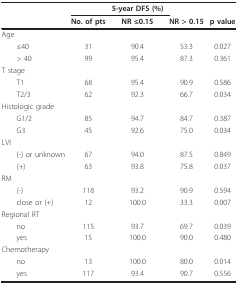
<table><thead><tr><td></td><td></td><td><b>5-year DFS (%)</b></td><td></td><td></td></tr><tr><td></td><td><b>No. of pts</b></td><td><b>NR ≤0.15</b></td><td><b>NR &gt; 0.15</b></td><td><b>p value</b></td></tr></thead><tbody><tr><td>Age</td><td></td><td></td><td></td><td></td></tr><tr><td> ≤40</td><td>31</td><td>90.4</td><td>53.3</td><td>0.027</td></tr><tr><td> &gt; 40</td><td>99</td><td>95.4</td><td>87.3</td><td>0.361</td></tr><tr><td>T stage</td><td></td><td></td><td></td><td></td></tr><tr><td> T1</td><td>68</td><td>95.4</td><td>90.9</td><td>0.586</td></tr><tr><td> T2/3</td><td>62</td><td>92.3</td><td>66.7</td><td>0.034</td></tr><tr><td>Histologic grade</td><td></td><td></td><td></td><td></td></tr><tr><td> G1/2</td><td>85</td><td>94.7</td><td>84.7</td><td>0.387</td></tr><tr><td> G3</td><td>45</td><td>92.6</td><td>75.0</td><td>0.034</td></tr><tr><td>LVI</td><td></td><td></td><td></td><td></td></tr><tr><td> (-) or unknown</td><td>67</td><td>94.0</td><td>87.5</td><td>0.849</td></tr><tr><td> (+)</td><td>63</td><td>93.8</td><td>75.8</td><td>0.037</td></tr><tr><td>RM</td><td></td><td></td><td></td><td></td></tr><tr><td> (-)</td><td>118</td><td>93.2</td><td>90.9</td><td>0.594</td></tr><tr><td> close or (+)</td><td>12</td><td>100.0</td><td>33.3</td><td>0.007</td></tr><tr><td>Regional RT</td><td></td><td></td><td></td><td></td></tr><tr><td> no</td><td>115</td><td>93.7</td><td>69.7</td><td>0.039</td></tr><tr><td> yes</td><td>15</td><td>100.0</td><td>90.0</td><td>0.480</td></tr><tr><td>Chemotherapy</td><td></td><td></td><td></td><td></td></tr><tr><td> no</td><td>13</td><td>100.0</td><td>80.0</td><td>0.014</td></tr><tr><td> yes</td><td>117</td><td>93.4</td><td>90.7</td><td>0.556</td></tr></tbody></table>